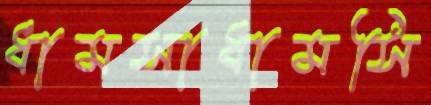
ধামসাধামসি